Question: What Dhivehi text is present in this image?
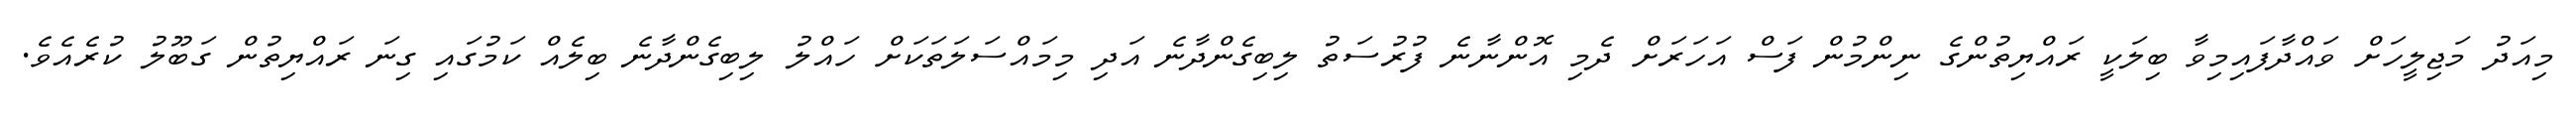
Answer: މިއަދު މަޖިލީހަށް ވައްދާފައިމިވާ ބިލަކީ ރައްޔިތުންގެ ނިންމުން ފަސް އަހަރަށް ދެމި އޮންނާނެ ފުރުސަތު ލިބިގެންދާނެ އަދި މިމައްސަލަތަކަށް ހައްލު ލިބިގެންދާނެ ބިލެއް ކަމުގައި ގިނަ ރައްޔިތުން ގަބޫލު ކުރެއެވެ.